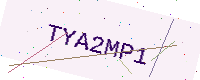
Text: TYA2MP1